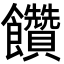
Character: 饡